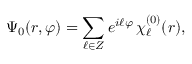
\Psi _ { 0 } ( r , \varphi ) = \sum _ { \ell \in Z } e ^ { i \ell \varphi } \, \chi _ { \ell } ^ { ( 0 ) } ( r ) ,